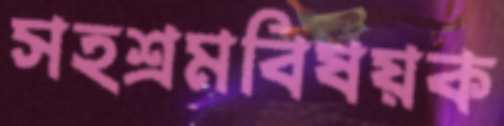
সহশ্রমবিষয়ক